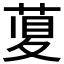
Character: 𦴲